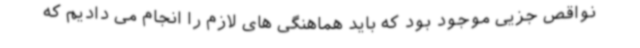
نواقص جزیی موجود بود که باید هماهنگی های لازم را انجام می دادیم که